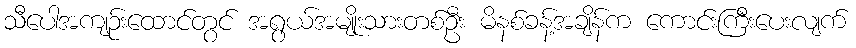
သီပေါအကျဉ်းထောင်တွင် အရွယ်အမျိုးသားတစ်ဦး မိနစ်ခန့်အချိန်က ကောင်းကြီးပေးလျက်